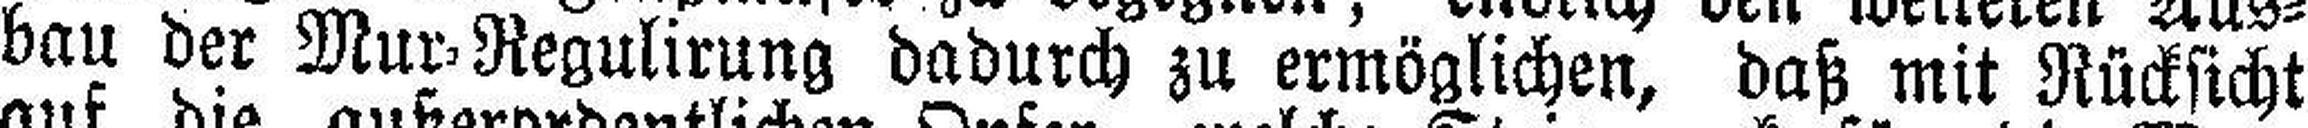
bau der Mur=Regulirung dadurch zu ermöglichen, daß mit Rücksicht